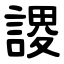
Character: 謖